Rangoon Lunatic Asylum 1878-1892 - 1878-1892
Year: 1878
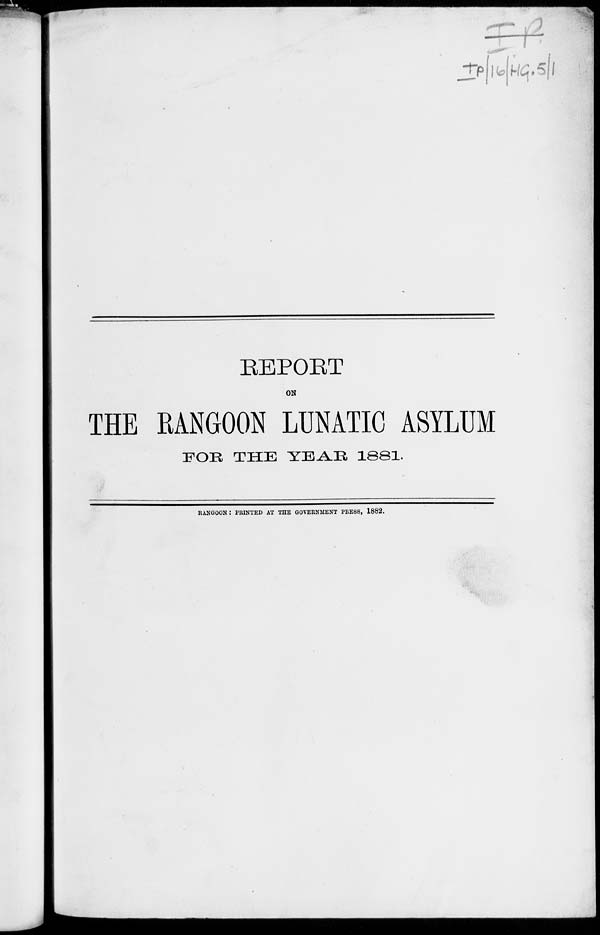
REPORT
ON
THE RANGOON LUNATIC ASYLUM
FOR THE YEAR 1881.
RANGOON : PRINTED AT THE GOVERNMENT PRESS, 1882.